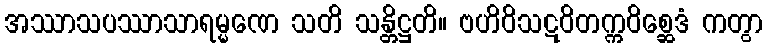
အဿာသပဿာသာရမ္မဏေ သတိ သန္တိဋ္ဌတိ။ ဗဟိဝိသဋဝိတက္ကဝိစ္ဆေဒံ ကတွာ